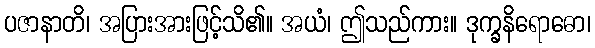
ပဇာနာတိ၊ အပြားအားဖြင့်သိ၏။ အယံ၊ ဤသည်ကား။ ဒုက္ခနိရောဓော၊